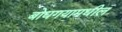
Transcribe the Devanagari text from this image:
बोधगयामधील